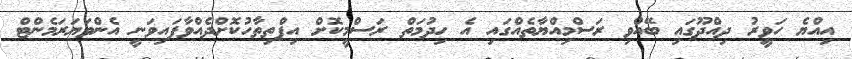
އިއްޔެ ހަވީރު ދިއްދޫގައި ބޭއްވި ރަސްމިއްޔާތެއްގައި އެ ހިދުމަތް ރަސްމީކޮށް އިފްތިތާހުކޮށްދެއްވާފައިވަނީ އެންވަޔަރަމެންޓް